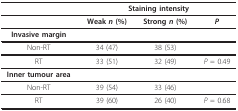
|  | <COLSPAN=3> Staining intensity |
 | --- | --- | --- | --- |
 |  | Weak n (%) | Strong n (%) | P |
 | Invasive margin |  |  |  |
 | Non-RT | 34 (47) | 38 (53) |  |
 | RT | 33 (51) | 32 (49) | P = 0.49 |
 | Inner tumour area |  |  |  |
 | Non-RT | 39 (54) | 33 (46) |  |
 | RT | 39 (60) | 26 (40) | P = 0.68 |